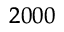
_ { 2 0 0 0 }